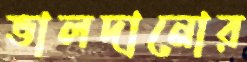
ভালদানোর